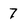
Character: 7